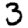
Digit: 3